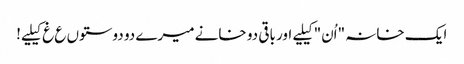
ایک خانہ "اُن" کیلیے اور باقی دو خانے میرے دو دوستوں ع غ کیلیے!